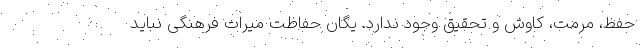
حفظ، مرمت، کاوش و تحقیق وجود ندارد. یگان حفاظت میراث فرهنگی نباید